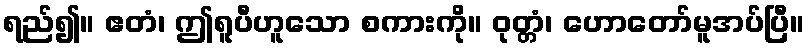
ရည်၍။ ဧတံ၊ ဤရူပီဟူသော စကားကို။ ဝုတ္တံ၊ ဟောတော်မူအပ်ပြီ။